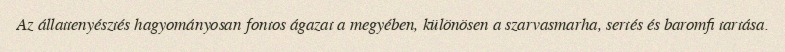
Az állattenyésztés hagyományosan fontos ágazat a megyében, különösen a szarvasmarha, sertés és baromfi tartása.